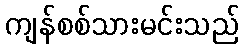
ကျန်စစ်သားမင်းသည်